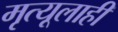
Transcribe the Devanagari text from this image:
मृत्यूलाही